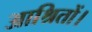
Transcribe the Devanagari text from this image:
आश्रितों।